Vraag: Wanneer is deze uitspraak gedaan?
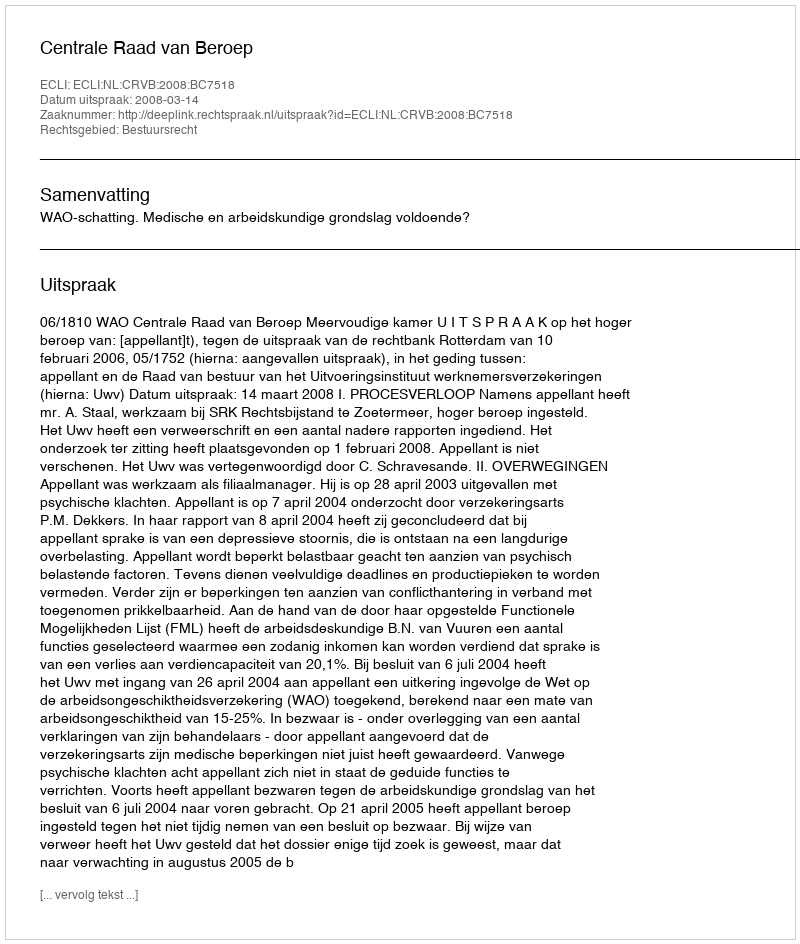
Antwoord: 2008-03-14